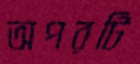
অপরটি